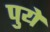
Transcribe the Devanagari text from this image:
पुये